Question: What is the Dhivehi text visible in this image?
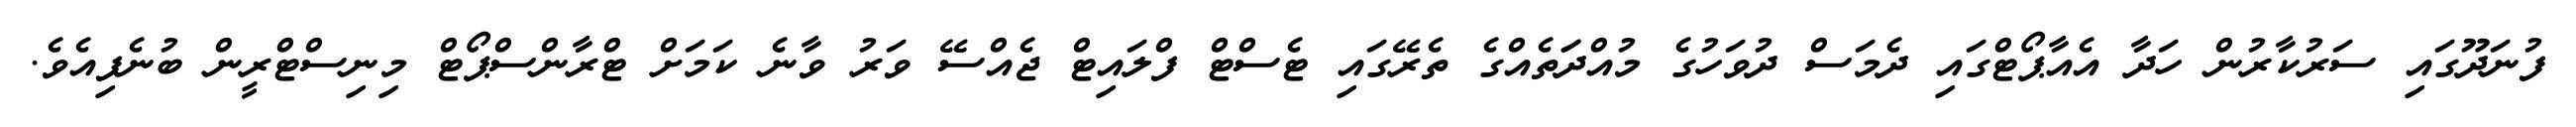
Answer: ފުނަދޫގައި ސަރުކާރުން ހަދާ އެއާޕޯޓްގައި ދެމަސް ދުވަހުގެ މުއްދަަތެއްގެ ތެރޭގައި ޓެސްޓް ފްލައިޓް ޖެއްސޭ ވަރު ވާނެ ކަމަށް ޓްރާންސްޕޯޓް މިނިސްޓްރީން ބުނެފިއެވެ.